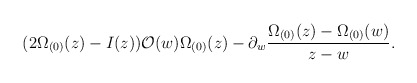
\begin{align*}(2 \Omega_{(0)}(z) -I(z)) {\cal O}(w) \Omega_{(0)}(z) - \partial_w\frac{\Omega_{(0)}(z)-\Omega_{(0)}(w)}{z-w}.\end{align*}